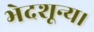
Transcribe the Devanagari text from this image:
भेदशून्य।